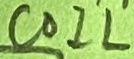
Text: COIL